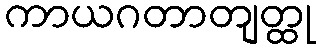
ကာယဂတာတျတ္ထု